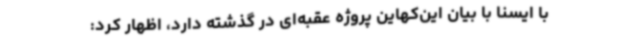
با ایسنا با بیان این‌کهاین پروژه عقبه‌ای در گذشته دارد، اظهار کرد: